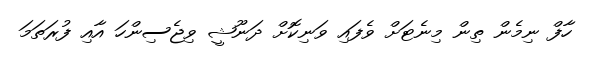
ހާފް ނިމެން ތިން މިނެޓަށް ވެފައި ވަނިކޮށް ދަނޫޝީ ވިޖެސިންހަ އާއި ފުރަތަމަ